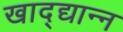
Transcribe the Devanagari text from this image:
खाद्द्यान्न